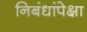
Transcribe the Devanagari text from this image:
निबंधांपेक्षा